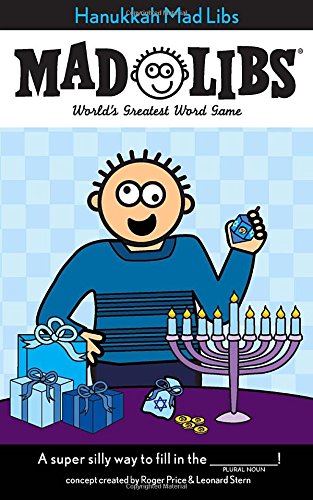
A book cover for Hanukkah Mad Libs; Children's Books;